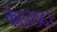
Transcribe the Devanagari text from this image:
कंठच्छद।